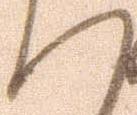
へ